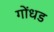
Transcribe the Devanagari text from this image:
गोंधड